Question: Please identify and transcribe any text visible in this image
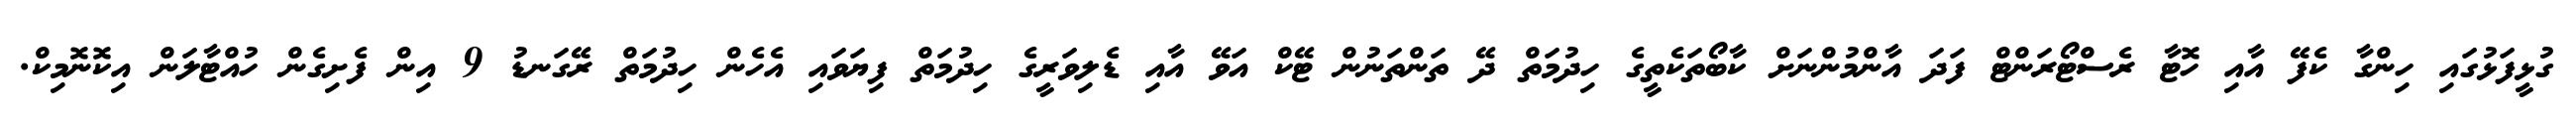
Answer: ގުޅީފަޅުގައި ހިންގާ ކެފޭ އާއި ހޮޓާ ރެސްޓޯރަންޓް ފަދަ އާންމުންނަށް ކާބޯތަކެތީގެ ހިދުމަތް ދޭ ތަންތަނުން ޓޭކް އަވޭ އާއި ޑެލިވަރީގެ ހިދުމަތް ފިޔަވައި އެހެން ހިދުމަތް ރޭގަނޑު 9 އިން ފެށިގެން ހުއްޓާލަން އިކޮނޮމިކް.